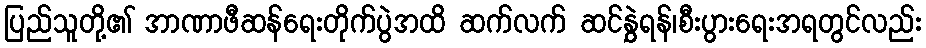
ပြည်သူတို့၏ အာဏာဖီဆန်ရေးတိုက်ပွဲအထိ ဆက်လက် ဆင်နွှဲရန်၊စီးပွားရေးအရတွင်လည်း